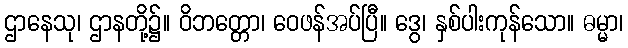
ဌာနေသု၊ ဌာနတို့၌။ ဝိဘတ္တော၊ ဝေဖန်အပ်ပြီ။ ဒွေ၊ နှစ်ပါးကုန်သော။ ဓမ္မာ၊